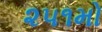
૨૫૧મો